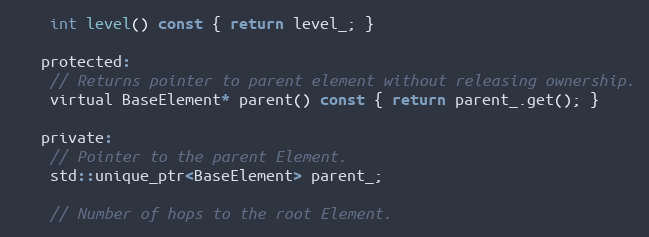
Language: C
    int level() const { return level_; }

   protected:
    // Returns pointer to parent element without releasing ownership.
    virtual BaseElement* parent() const { return parent_.get(); }

   private:
    // Pointer to the parent Element.
    std::unique_ptr<BaseElement> parent_;

    // Number of hops to the root Element.